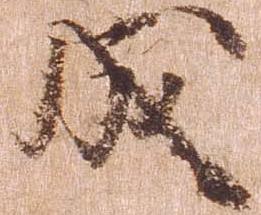
成